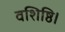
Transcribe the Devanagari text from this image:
वशिष्ठि।